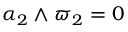
\alpha _ { 2 } \wedge \varpi _ { 2 } = 0